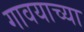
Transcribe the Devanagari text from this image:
गावयाच्या